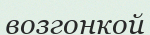
возгонкой